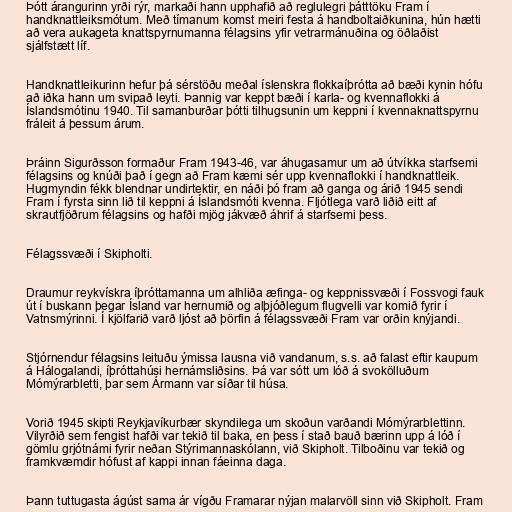
Þótt árangurinn yrði rýr, markaði hann upphafið að reglulegri þátttöku Fram í
handknattleiksmótum. Með tímanum komst meiri festa á handboltaiðkunina, hún hætti
að vera aukageta knattspyrnumanna félagsins yfir vetrarmánuðina og öðlaðist
sjálfstætt líf.

Handknattleikurinn hefur þá sérstöðu meðal íslenskra flokkaíþrótta að bæði kynin hófu
að iðka hann um svipað leyti. Þannig var keppt bæði í karla- og kvennaflokki á
Íslandsmótinu 1940. Til samanburðar þótti tilhugsunin um keppni í kvennaknattspyrnu
fráleit á þessum árum.

Þráinn Sigurðsson formaður Fram 1943-46, var áhugasamur um að útvíkka starfsemi
félagsins og knúði það í gegn að Fram kæmi sér upp kvennaflokki í handknattleik.
Hugmyndin fékk blendnar undirtektir, en náði þó fram að ganga og árið 1945 sendi
Fram í fyrsta sinn lið til keppni á Íslandsmóti kvenna. Fljótlega varð liðið eitt af
skrautfjöðrum félagsins og hafði mjög jákvæð áhrif á starfsemi þess.

Félagssvæði í Skipholti.

Draumur reykvískra íþróttamanna um alhliða æfinga- og keppnissvæði í Fossvogi fauk
út í buskann þegar Ísland var hernumið og alþjóðlegum flugvelli var komið fyrir í
Vatnsmýrinni. Í kjölfarið varð ljóst að þörfin á félagssvæði Fram var orðin knýjandi.

Stjórnendur félagsins leituðu ýmissa lausna við vandanum, s.s. að falast eftir kaupum
á Hálogalandi, íþróttahúsi hernámsliðsins. Þá var sótt um lóð á svokölluðum
Mómýrarbletti, þar sem Ármann var síðar til húsa.

Vorið 1945 skipti Reykjavíkurbær skyndilega um skoðun varðandi Mómýrarblettinn.
Vilyrðið sem fengist hafði var tekið til baka, en þess í stað bauð bærinn upp á lóð í
gömlu grjótnámi fyrir neðan Stýrimannaskólann, við Skipholt. Tilboðinu var tekið og
framkvæmdir hófust af kappi innan fáeinna daga.

Þann tuttugasta ágúst sama ár vígðu Framarar nýjan malarvöll sinn við Skipholt. Fram